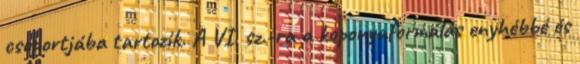
csoportjába tartozik. A VI. sz.-ra a koponyaformálás enyhébbé és